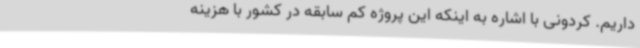
داریم. کردونی با اشاره به اینکه این پروژه کم سابقه در کشور با هزینه‌